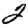
Digit: 2